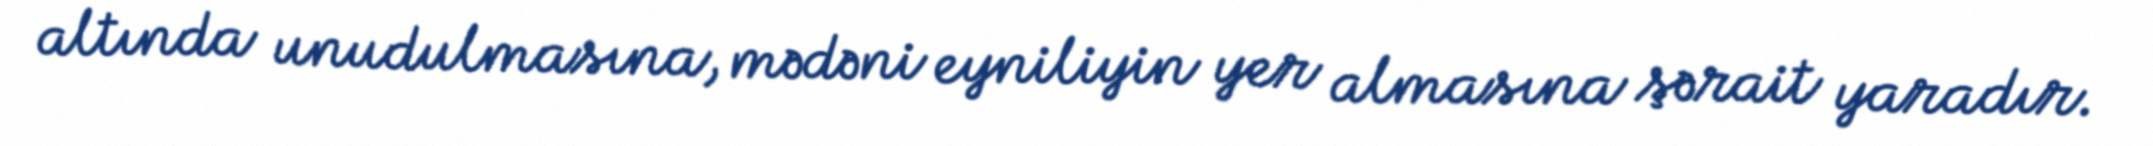
altında unudulmasına, mədəni eyniliyin yer almasına şərait yaradır.